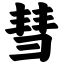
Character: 彗